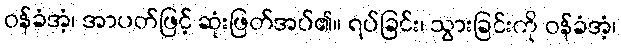
ဝန်ခံအံ့၊ အာပတ်ဖြင့် ဆုံးဖြတ်အပ်၏။ ရပ်ခြင်း၊ သွားခြင်းကို ဝန်ခံအံ့၊